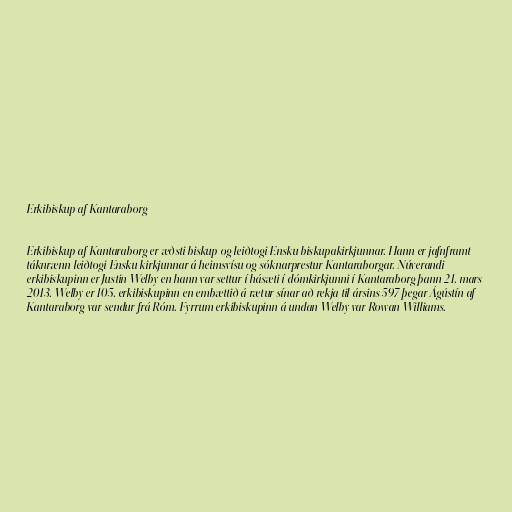
Erkibiskup af Kantaraborg

Erkibiskup af Kantaraborg er æðsti biskup og leiðtogi Ensku biskupakirkjunnar. Hann er jafnframt
táknrænn leiðtogi Ensku kirkjunnar á heimsvísu og sóknarprestur Kantaraborgar. Núverandi
erkibiskupinn er Justin Welby en hann var settur í hásæti í dómkirkjunni í Kantaraborg þann 21. mars
2013. Welby er 105. erkibiskupinn en embættið á rætur sínar að rekja til ársins 597 þegar Ágústín af
Kantaraborg var sendur frá Róm. Fyrrum erkibiskupinn á undan Welby var Rowan Williams.